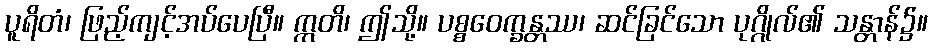
ပူရိတံ၊ ဖြည့်ကျင့်အပ်ပေပြီ။ ဣတိ၊ ဤသို့။ ပစ္စဝေက္ခန္တဿ၊ ဆင်ခြင်သော ပုဂ္ဂိုလ်၏ သန္တာန်၌။